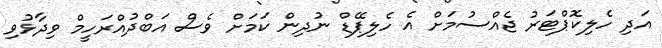
އަދި ހެލިކޮޕްޓަރު ޖެއްސުމަށް އެ ހެލިޕޭޑް ނުދިން ކަމަށް ވެސް އަބްދުއްރަހީމް ވިދާޅުވި